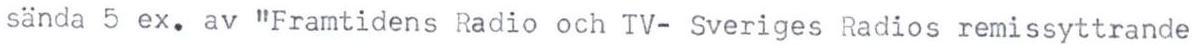
sända 5 ex. av "Framtidens Radio och TV- Sveriges Radios remissyttrande